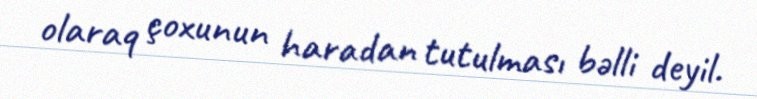
olaraq çoxunun haradan tutulması bəlli deyil.